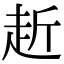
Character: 赾